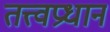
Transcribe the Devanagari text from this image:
तत्त्वप्रधान